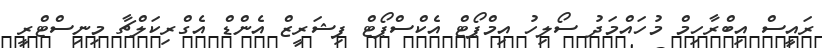
ރައީސް އިބްރާހިމް މުހައްމަދު ސޯލިހު އިމްޕޯޓް އެކްސްޕޯޓް ފިޝަރީޒް އެންޑް އެގްރިކަލްޗާ މިނިސްޓްރީ